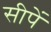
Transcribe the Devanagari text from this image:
सीपें